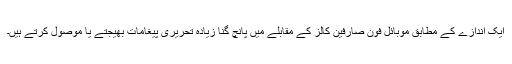
ایک اندازے کے مطابق موبائل فون صارفین کالز کے مقابلے میں پانچ گنا زیادہ تحریری پیغامات بھیجتے یا موصول کرتے ہیں۔